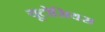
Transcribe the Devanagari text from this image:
यूटोसियस